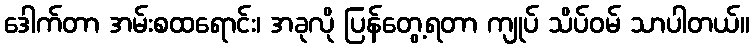
ဒေါက်တာ အမ်းစထရောင်း၊ အခုလို ပြန်တွေ့ရတာ ကျုပ် သိပ်ဝမ် သာပါတယ်။